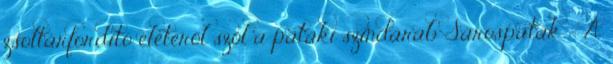
zsoltárfordító életéről szól a pataki színdarab Sárospatak – A